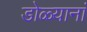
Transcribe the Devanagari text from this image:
डोळ्यानां